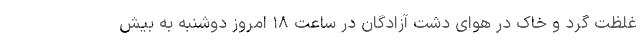
غلظت گرد و خاک در هوای دشت آزادگان در ساعت ۱۸ امروز دوشنبه به بیش